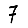
Digit: 7